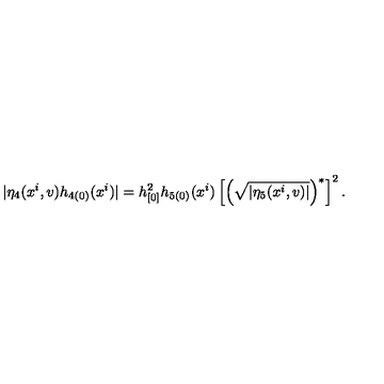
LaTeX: | \eta _ { 4 } ( x ^ { i } , v ) h _ { 4 ( 0 ) } ( x ^ { i } ) | = h _ { [ 0 ] } ^ { 2 } h _ { 5 ( 0 ) } ( x ^ { i } ) \left[ \left( \sqrt { | \eta _ { 5 } ( x ^ { i } , v ) | } \right) ^ { \ast } \right] ^ { 2 } .